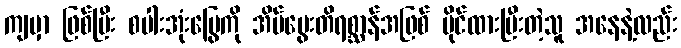
ကျမှာ ဖြစ်ပြီး စပါးအုံးမြွေကို အိမ်မွေးတိရစ္ဆာန်အဖြစ် ပိုင်ထားပြီးတဲ့သူ အနေနဲ့လည်း